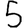
Digit: 5